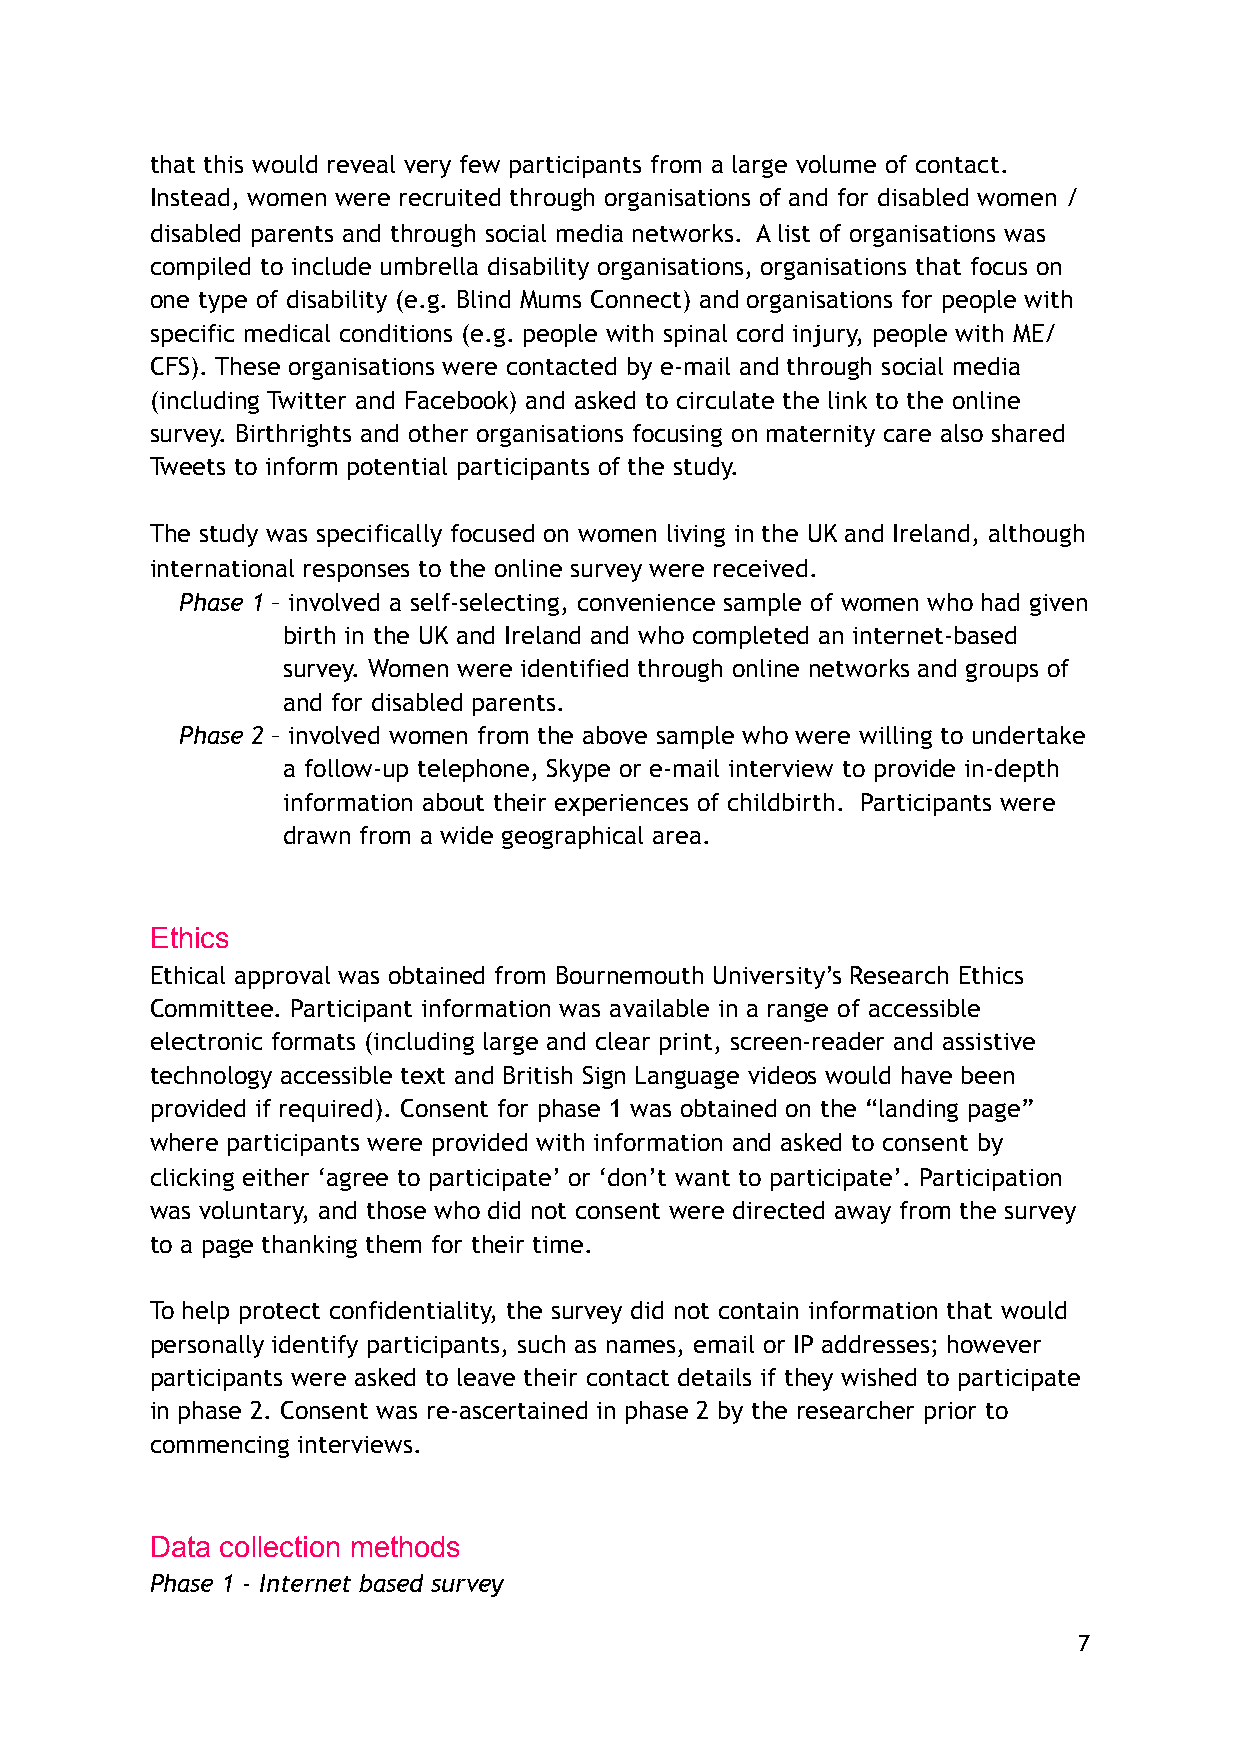
that this would reveal very few participants from a large volume of contact.
 Instead, women were recruited through organisations of and for disabled women /
 disabled parents and through social media networks. A list of organisations was
 compiled to include umbrella disability organisations, organisations that focus on
 one type of disability (e.g. Blind Mums Connect) and organisations for people with
 specific medical conditions (e.g. people with spinal cord injury, people with ME/
 CFS). These organisations were contacted by e-mail and through social media
 (including Twitter and Facebook) and asked to circulate the link to the online
 survey. Birthrights and other organisations focusing on maternity care also shared
 Tweets to inform potential participants of the study.
 The study was specifically focused on women living in the UK and Ireland, although
 international responses to the online survey were received.
 Phase 1 – involved a self-selecting, convenience sample of women who had given
 birth in the UK and Ireland and who completed an internet-based
 survey. Women were identified through online networks and groups of
 and for disabled parents.
 Phase 2 – involved women from the above sample who were willing to undertake
 a follow-up telephone, Skype or e-mail interview to provide in-depth
 information about their experiences of childbirth. Participants were
 drawn from a wide geographical area.
 Ethics
 Ethical approval was obtained from Bournemouth University’s Research Ethics
 Committee. Participant information was available in a range of accessible
 electronic formats (including large and clear print, screen-reader and assistive
 technology accessible text and British Sign Language videos would have been
 provided if required). Consent for phase 1 was obtained on the “landing page”
 where participants were provided with information and asked to consent by
 clicking either ‘agree to participate’ or ‘don’t want to participate’. Participation
 was voluntary, and those who did not consent were directed away from the survey
 to a page thanking them for their time.
 To help protect confidentiality, the survey did not contain information that would
 personally identify participants, such as names, email or IP addresses; however
 participants were asked to leave their contact details if they wished to participate
 in phase 2. Consent was re-ascertained in phase 2 by the researcher prior to
 commencing interviews.
 Data collection methods
 Phase 1 - Internet based survey
 7